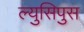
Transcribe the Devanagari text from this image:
ल्युसिपुस